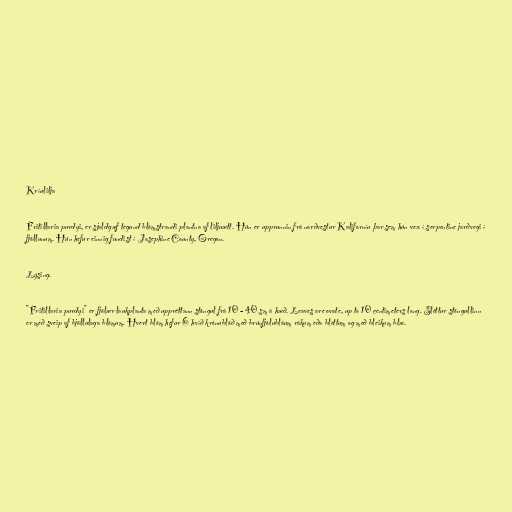
Kríulilja

Fritillaria purdyi, er sjaldgæf tegund blómstrandi plantna af liljuætt. Hún er upprunnin frá norðvestur Kaliforníu þar sem hún vex í serpentine jarðvegi í
fjöllunum. Hún hefur einnig fundist í Josephine County, Oregon.

Lýsing.

"Fritillaria purdyi" er fjölær laukplanta með uppréttann stöngul frá 10 - 40 sm á hæð. Leaves are ovate, up to 10 centimeters long. Sléttur stöngullinn
er með sveip af bjöllulaga blómum. Hvert blóm hefur 6 hvíð krónublöð með brúnfjólubláum rákum eða blettum og með bleikum blæ.